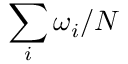
\sum _ { i } \omega _ { i } / N